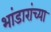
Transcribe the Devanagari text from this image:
भांडारांच्या